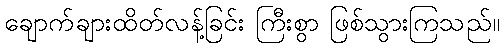
ချောက်ချားထိတ်လန့်ခြင်း ကြီးစွာ ဖြစ်သွားကြသည်။